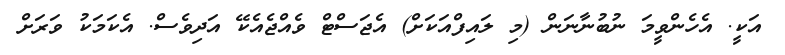
އަކީ. އެހެންވީމަ ނުބުނާނަން (މި ލައިފްއަކަށް) އެޖަސްޓް ވެއްޖެއެކޭ އަދިވެސް. އެކަމަކު ވަރަށް